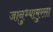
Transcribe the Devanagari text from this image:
जानुभ्यामुरसा